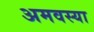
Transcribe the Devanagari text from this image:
अमवस्या